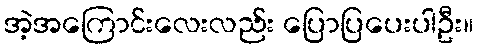
အဲ့အကြောင်းလေးလည်း ပြောပြပေးပါဦး။